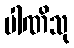
ပါဏိသု